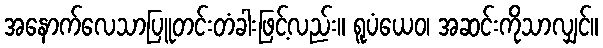
အနောက်လေသာပြူတင်းတံခါးဖြင့်လည်း။ ရူပံယေဝ၊ အဆင်းကိုသာလျှင်။